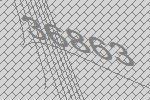
36863